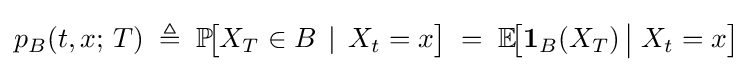
p_{B}(t,x;\,T)\;\triangleq \;\mathbb {P} \!{\bigl [}X_{T}\in B\,\mid \,X_{t}=x{\bigr ]}\;=\;\mathbb {E} \!{\bigl [}\mathbf {1} _{B}(X_{T})\,{\big |}\;X_{t}=x{\bigr ]}